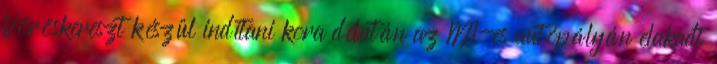
Vöröskereszt készül indítani kora délután az M1-es autópályán elakadt